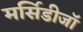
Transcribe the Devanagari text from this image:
मर्सिडीजॉ